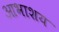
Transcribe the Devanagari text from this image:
आभाशय